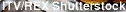
ITV/REX Shulterstock